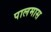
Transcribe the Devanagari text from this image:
पालमास